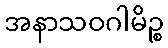
အနာသဝဂါမိဉ္စ